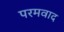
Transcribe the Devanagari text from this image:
परमवाद